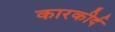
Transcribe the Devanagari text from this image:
कारकीर्द